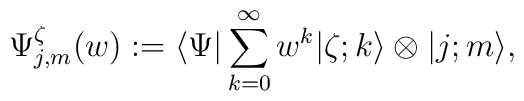
\Psi_{j,m}^\zeta(w):=\langle \Psi \vert \sum_{k=0}^\infty w^k\vert \zeta; k \rangle\otimes \vert j; m \rangle,